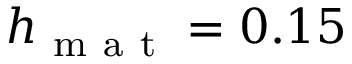
h _ { \mathrm { ~ m ~ a ~ t ~ } } = 0 . 1 5